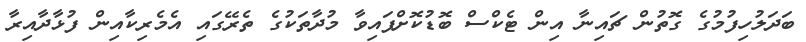
ބަދަލުހިފުމުގެ ގޮތުން ޗައިނާ އިން ޓެކްސް ބޮޑުކޮށްފައިވާ މުދާތަކުގެ ތެރޭގައި އެމެރިކާއިން ފުޅާދާއިރާ